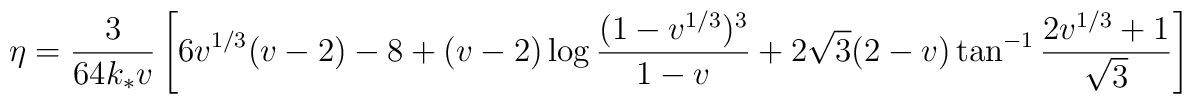
\eta = \frac{3}{64k_*v} \left[6v^{1/3}(v-2) - 8 + (v-2)\log \frac{(1-v^{1/3})^3}{1-v} +2 \sqrt{3} (2-v) \tan^{-1} \frac{2v^{1/3}+1}{\sqrt{3}}\right]